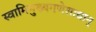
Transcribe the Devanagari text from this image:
स्वामिमुख्यगणेशाद्यान्